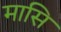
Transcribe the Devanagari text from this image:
मासि